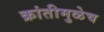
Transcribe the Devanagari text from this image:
क्रांतीमुळेच